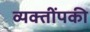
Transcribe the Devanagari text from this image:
व्यक्तींपकी